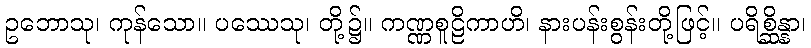
ဥဘောသု၊ ကုန်သော။ ပဿေသု၊ တို့၌။ ကဏ္ဏစူဠိကာဟိ၊ နားပန်းစွန်းတို့ဖြင့်။ ပရိစ္ဆိန္နာ၊